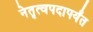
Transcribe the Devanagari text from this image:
नेतृत्वपदापर्यंत